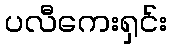
ပလီကေးရှင်း